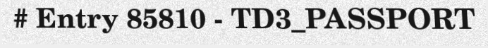
# Entry 85810 - TD3_PASSPORT